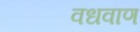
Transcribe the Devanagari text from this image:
वधवाण